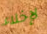
لإخلاء